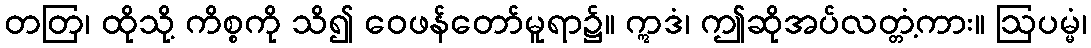
တတြ၊ ထိုသို့ ကိစ္စကို သိ၍ ဝေဖန်တော်မူရာ၌။ ဣဒံ၊ ဤဆိုအပ်လတ္တံ့ကား။ ဩပမ္မံ၊